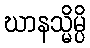
ဃာနသ္မိမ္ပိ